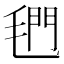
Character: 𰚣